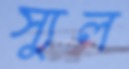
স্যুল